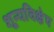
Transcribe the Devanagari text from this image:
शून्यविक्षेप